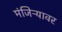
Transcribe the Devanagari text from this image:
मंजिऱ्यावर